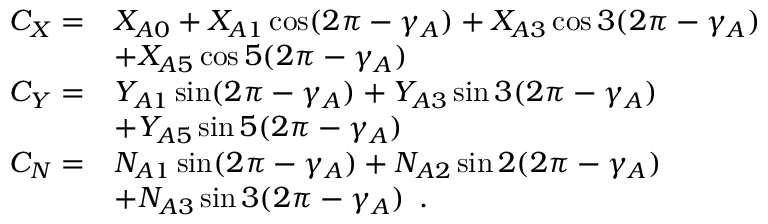
\begin{array} { r } { \begin{array} { r l } { C _ { X } = } & { X _ { A 0 } + X _ { A 1 } \cos ( 2 \pi - \gamma _ { A } ) + X _ { A 3 } \cos 3 ( 2 \pi - \gamma _ { A } ) } \\ & { + X _ { A 5 } \cos 5 ( 2 \pi - \gamma _ { A } ) } \\ { C _ { Y } = } & { Y _ { A 1 } \sin ( 2 \pi - \gamma _ { A } ) + Y _ { A 3 } \sin 3 ( 2 \pi - \gamma _ { A } ) } \\ & { + Y _ { A 5 } \sin 5 ( 2 \pi - \gamma _ { A } ) } \\ { C _ { N } = } & { N _ { A 1 } \sin ( 2 \pi - \gamma _ { A } ) + N _ { A 2 } \sin 2 ( 2 \pi - \gamma _ { A } ) } \\ & { + N _ { A 3 } \sin 3 ( 2 \pi - \gamma _ { A } ) \enspace . } \end{array} } \end{array}